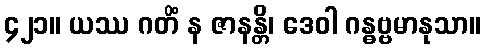
၄၂၁။ ယဿ ဂတိံ န ဇာနန္တိ၊ ဒေဝါ ဂန္ဓဗ္ဗမာနုသာ။